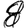
Digit: 8